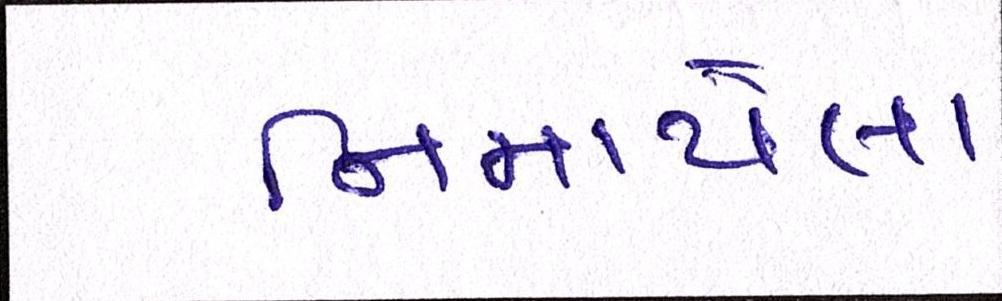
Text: નિમાયેલા